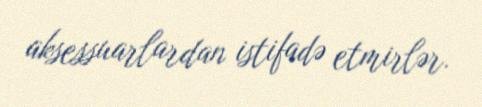
aksessuarlardan istifadə etmirlər.